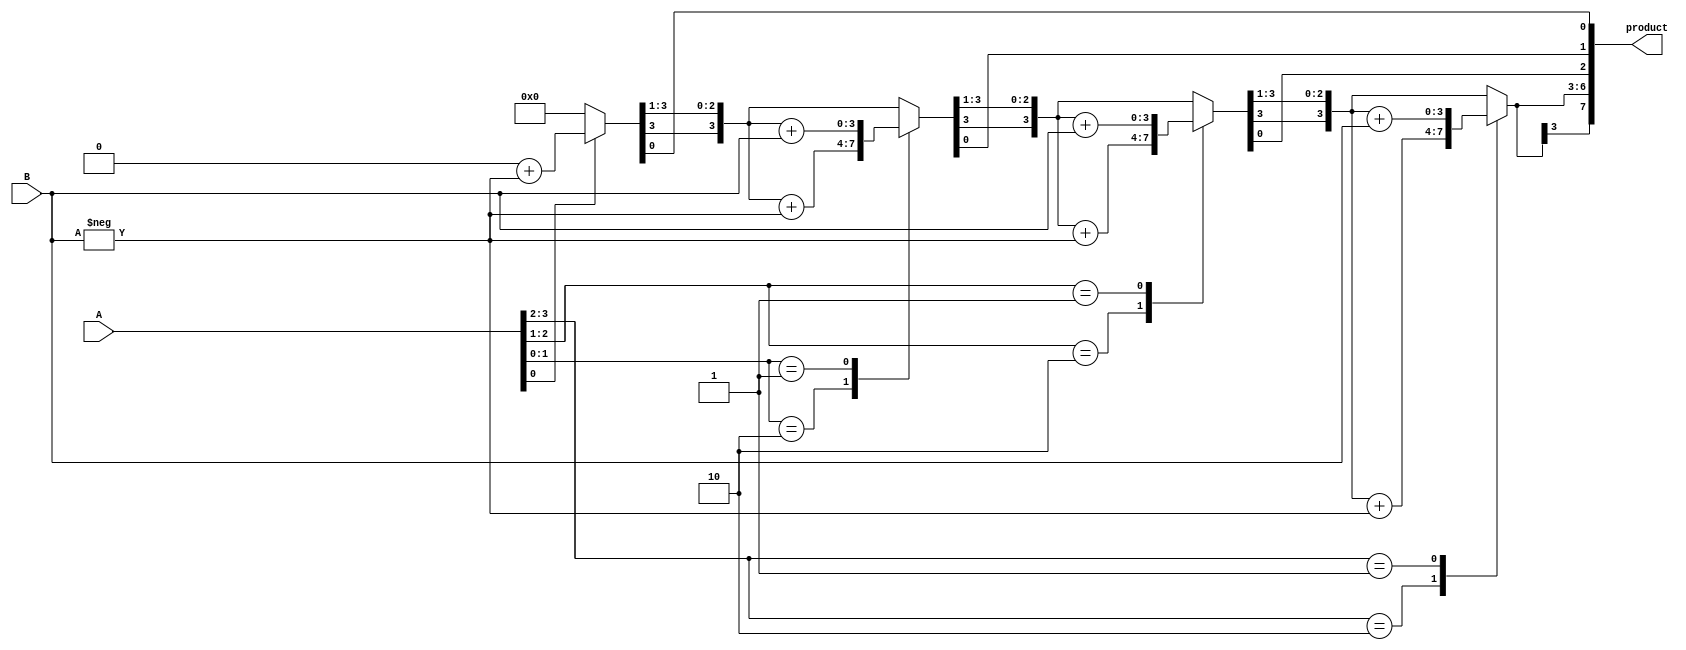
`timescale 1ns / 1ps
module booths_multi(product, A, B);
  input signed [3:0] A, B;
  output reg signed [7:0] product;

  reg [1:0] temp;
  integer i;
  reg e;
  reg [3:0] B1;

  always @(A,B)
  begin
    product = 8'd0;
    e = 1'b0;
    B1 = -B;
    
    for (i=0; i<4; i=i+1)
    begin
      temp = { A[i], e };
      case(temp)
        2'd2 : product[7:4] = product[7:4] + B1;
        2'd1 : product[7:4] = product[7:4] + B;
      endcase
      product = product >> 1;
      product[7] = product[6];
      e=A[i];
      
    end
  end
  
endmodule